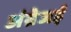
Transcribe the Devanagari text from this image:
अंग्रेजई